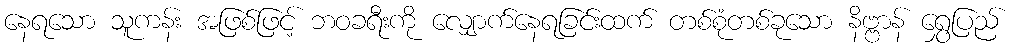
နေရသော သူကန်း အဖြစ်ဖြင့် ဘဝခရီးကို လျှောက်နေရခြင်းထက် တစ်စုံတစ်ခုသော နိဗ္ဗာန် ရွှေပြည်